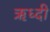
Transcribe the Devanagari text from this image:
ऋध्दी